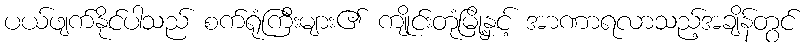
ပယ်ဖျက်နိုင်ပါသည် စက်ရုံကြီးများ၏ ကျိုင်းတုံမြို့နှင့် အာဏာရလာသည့်အချိန်တွင်